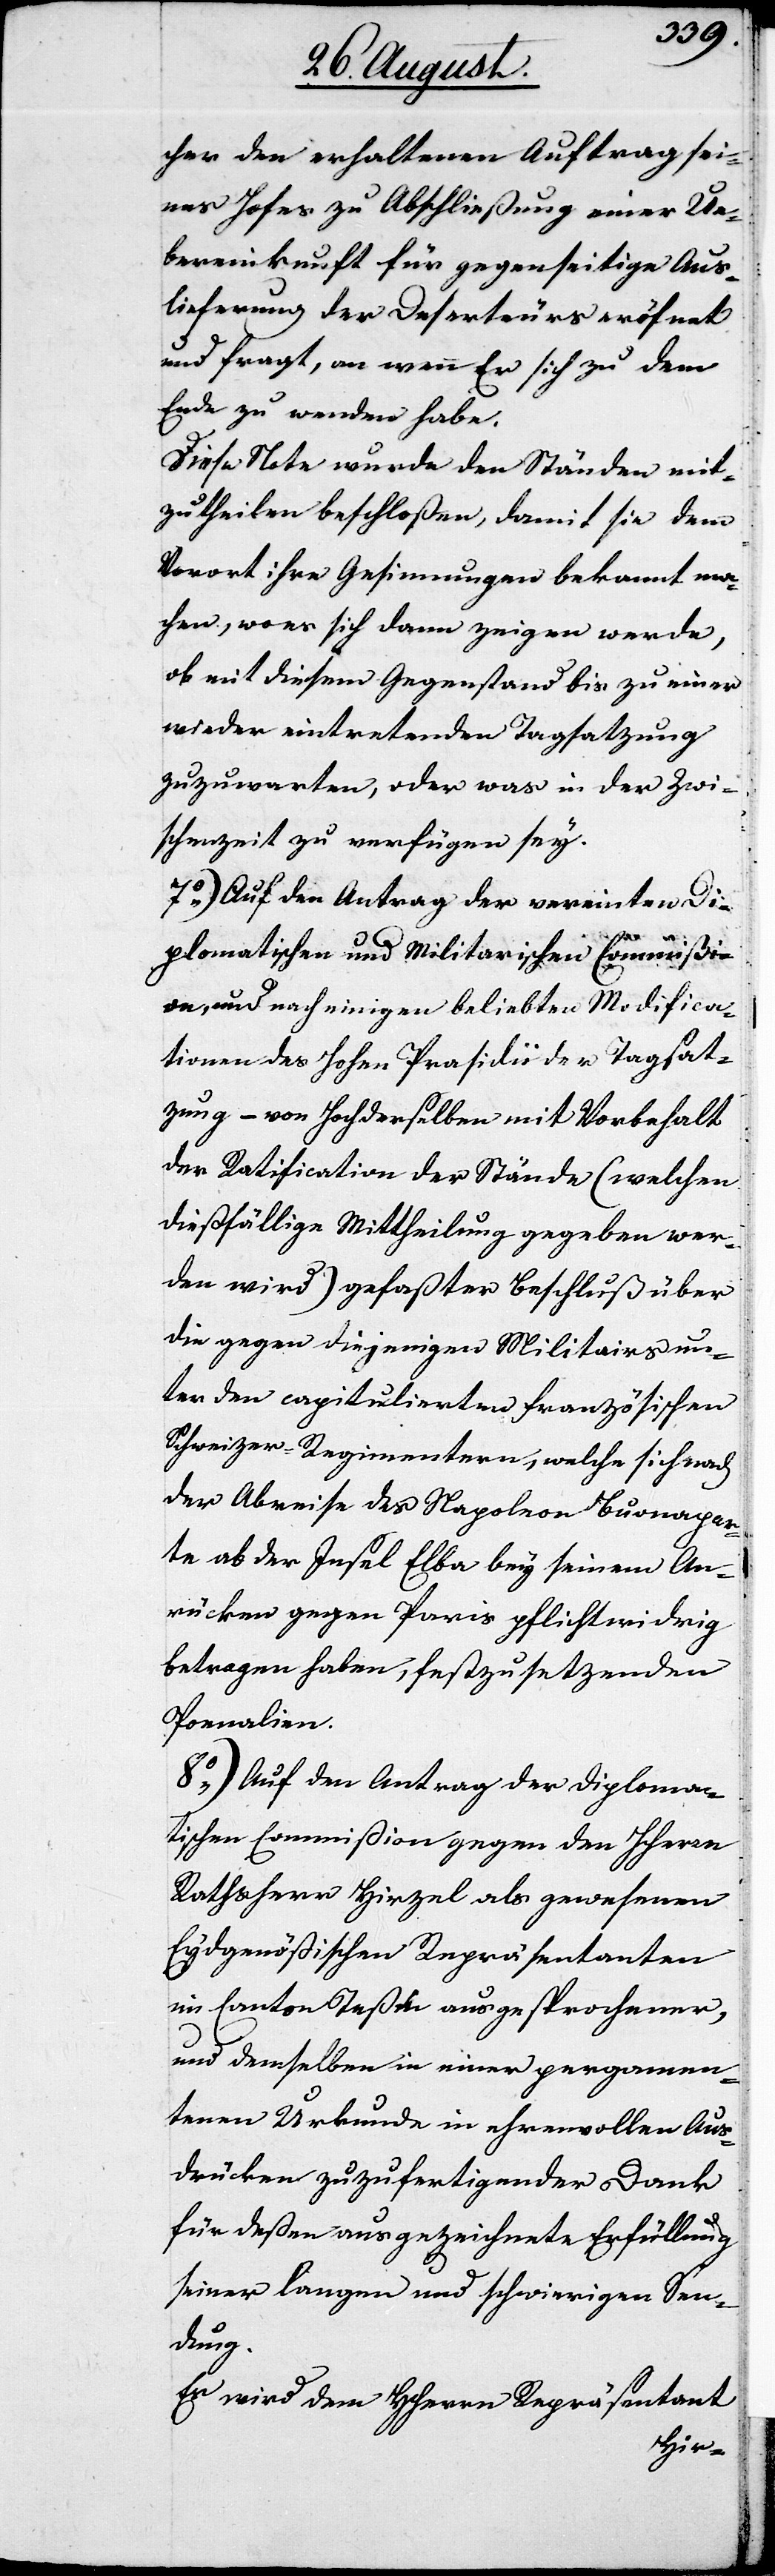
cher den erhaltenen Auftrag sei¬
nes Hofes zu Abschließung einer Ue¬
bereinkunft für gegenseitige Aus¬
lieferung der Deserteurs eröfnet
und fragt, an wenn Er sich zu dem
Ende zu wenden habe.
Diese Note wurde den Ständen mit¬
zutheilen beschloßen, damit sie dem
Vorort ihre Gesinnung bekannt ma¬
chen, wo es sich dann zeigen werde,
ob mit diesem Gegenstand bis zu einer
wieder eintretenden Tagsatzung
zuzuwarten, oder was in der Zwi¬
schenzeit zu verfügen sey.
7.) Auf den Antrag der vereinten Di¬
plomatischen und Militarischen Commißi¬
on, und nach einigen beliebten Modifica¬
tionen des Hohen Präsidii der Tagsat¬
zung – von Hochderselben mit Vorbehalt
der Ratification der Stände (welchen
dießfällige Mittheilung gegeben wer¬
den wird) gefaßter Beschluß über
die gegen diejenigen Militairs un¬
ter den capitulierten französischen
Schweizerregimentern, welche sich nach
der Abreise des Napoleon Buonapar¬
te ab der Insel Elba bey seinem An¬
rücken gegen Paris pflichtwidrig
betragen haben, festzusetzenden
Poenalien.
8.) Auf den Antrag der Diploma¬
tischen Commißion gegen den HHerrn
Rathsherr Hirzel als gewesenen
Eydgenößischen Repräsentanten
im Canton Teßin ausgesprochener,
und demselben in einer pergamen¬
tenen Urkunde in ehrenvollen Aus¬
drücken zuzufertigender Dank
für deßen ausgezeichnete Erfüllung
seiner langen und schwierigen Sen¬
dung.
Es wir dem HHerrn Repräsentant